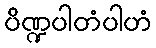
ပိဏ္ဍပါတံပါဟံ